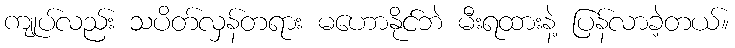
ကျုပ်လည်း သပိတ်လှန်တရား မဟောနိုင်ဘဲ မီးရထားနဲ့ ပြန်လာခဲ့တယ်။